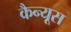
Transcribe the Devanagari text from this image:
कैन्यूस